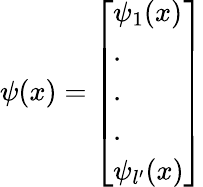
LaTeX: \psi(x)=\left[\begin{array}{l}{\psi_{1}(x)}\\ {.}\\ {.}\\ {.}\\ {\psi_{l^{\prime}}(x)}\end{array}\right]